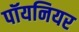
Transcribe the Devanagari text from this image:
पॉयनियर